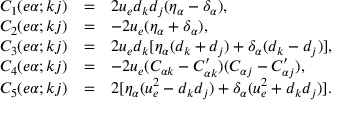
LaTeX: \begin{array} { r c l } { { \displaystyle C _ { 1 } ( e \alpha ; k j ) } } & { { = } } & { { 2 u _ { e } d _ { k } d _ { j } ( \eta _ { \alpha } - \delta _ { \alpha } ) , } } \\ { { \displaystyle C _ { 2 } ( e \alpha ; k j ) } } & { { = } } & { { - 2 u _ { e } ( \eta _ { \alpha } + \delta _ { \alpha } ) , } } \\ { { \displaystyle C _ { 3 } ( e \alpha ; k j ) } } & { { = } } & { { 2 u _ { e } d _ { k } [ \eta _ { \alpha } ( d _ { k } + d _ { j } ) + \delta _ { \alpha } ( d _ { k } - d _ { j } ) ] , } } \\ { { \displaystyle C _ { 4 } ( e \alpha ; k j ) } } & { { = } } & { { - 2 u _ { e } ( C _ { \alpha k } - C _ { \alpha k } ^ { \prime } ) ( C _ { \alpha j } - C _ { \alpha j } ^ { \prime } ) , } } \\ { { \displaystyle C _ { 5 } ( e \alpha ; k j ) } } & { { = } } & { { 2 [ \eta _ { \alpha } ( u _ { e } ^ { 2 } - d _ { k } d _ { j } ) + \delta _ { \alpha } ( u _ { e } ^ { 2 } + d _ { k } d _ { j } ) ] . } } \end{array}